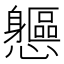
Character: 𨊘